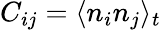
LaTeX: C_{ij}=\langle n_{i}n_{j}\rangle_{t}